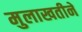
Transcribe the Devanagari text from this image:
मुलाखतीने